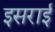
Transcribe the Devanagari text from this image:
इसराई